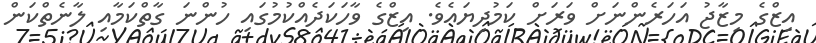
އިޒްގެ މިޒާޖު އަހަރެންނަށް ވަރަށް ކަމުދިޔައެވެ. އިޒްގެ ވާހަކަދެއްކުމުގައި ހުންނަ ގާތްކަމާއި ލާނެތްކަން